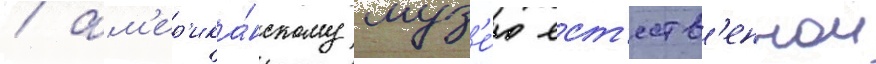
/ ам'ер'ика́нскому муз'е́ю ест'еств'еннои